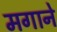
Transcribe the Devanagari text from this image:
मगाने